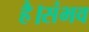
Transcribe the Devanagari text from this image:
है।संभव